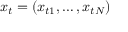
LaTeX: x _ { t } = ( x _ { t 1 } , \dots , x _ { t N } )